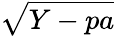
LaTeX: \sqrt{Y-pa}